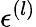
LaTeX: \epsilon^{(l)}